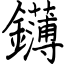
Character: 鑮